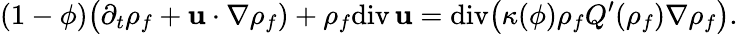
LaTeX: (1-\phi)\big(\partial_{t}{\rho}_{f}+{\mathbf u}\cdot\nabla{\rho}_{f})+{\rho}_{f}\mathrm{div}\, {\mathbf u}=\mathrm{div}\big(\kappa(\phi){\rho}_{f}{Q}^{\prime}({\rho}_{f})\nabla{\rho}_{f}\big).